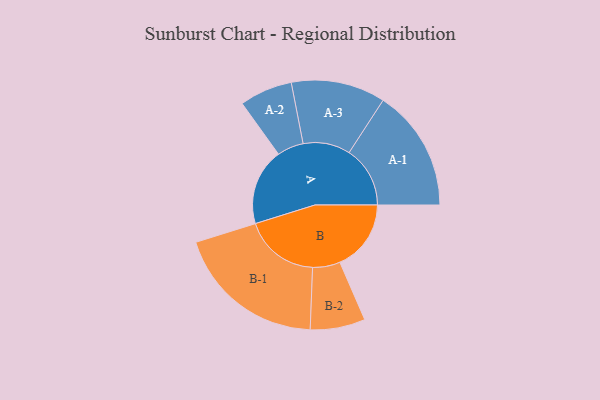
{"axis": {"x": "Segment", "y": "Value"}, "legend": ["", "A", "B"], "data": [{"x": "A", "y": 293, "type": ""}, {"x": "B", "y": 272, "type": ""}, {"x": "A-1", "y": 233, "type": "A"}, {"x": "A-2", "y": 101, "type": "A"}, {"x": "A-3", "y": 180, "type": "A"}, {"x": "B-1", "y": 288, "type": "B"}, {"x": "B-2", "y": 105, "type": "B"}]}